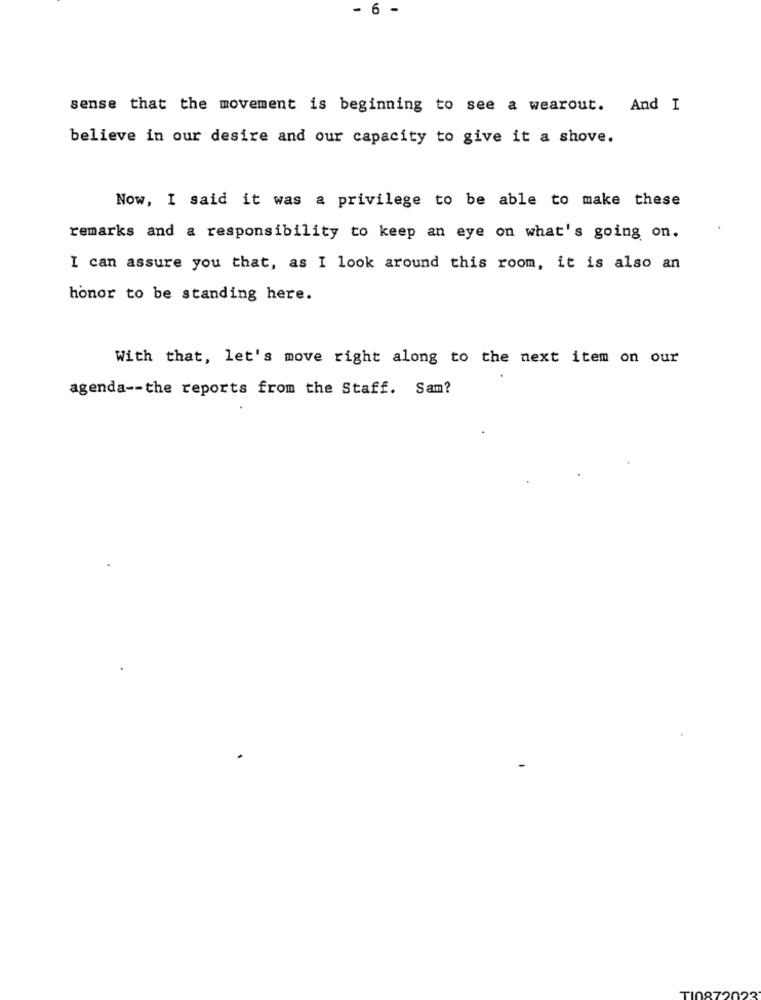
- 6 -
sense that the movement is beginning to see a wearout. And I
believe in our desire and our capacity to give it a shove.
Now, I said it was a privilege to be able to make these
remarks and a responsibility to keep an eye on what's going on.
I can assure you that, as I look around this room, it is also an
honor to be standing here.
With that, let's move right along to the next item on our
agenda -- the reports from the Staff. Sam?